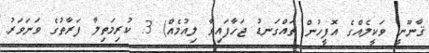
ޤާނޫނީ ވަކީލެއްގެ އޮފީހުން ތައްގަނޑު ޖަހާފައިވާ ލިއުމެއް) 3. ކުރިމަތިލާ ފަރާތުގެ ވަނަވަރު.